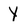
Character: Y